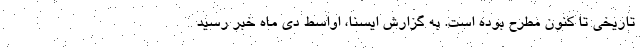
تاریخی تا کنون مطرح بوده است. به گزارش ایسنا، اواسط دی ماه خبر رسید